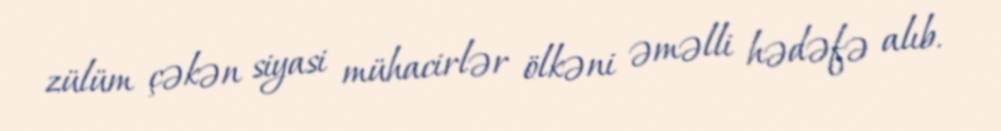
zülüm çəkən siyasi mühacirlər ölkəni əməlli hədəfə alıb.